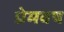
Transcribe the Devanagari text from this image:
प्रेमवष